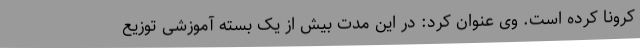
کرونا کرده است. وی عنوان کرد: در این مدت بیش از یک بسته آموزشی توزیع